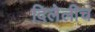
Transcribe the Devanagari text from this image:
दिलेलीच